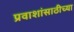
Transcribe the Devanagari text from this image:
प्रवाशांसाठीच्या